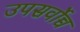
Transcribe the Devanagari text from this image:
उपसर्वोच्च